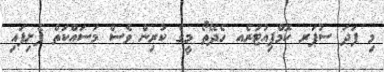
މި ފަދަ ސުޕަރ ކޮމްޕިއުޓަރެއ ހެދޭތޯ މީގެ ކުރިން ވެސް މަސައްކަތް ފެށިފައި